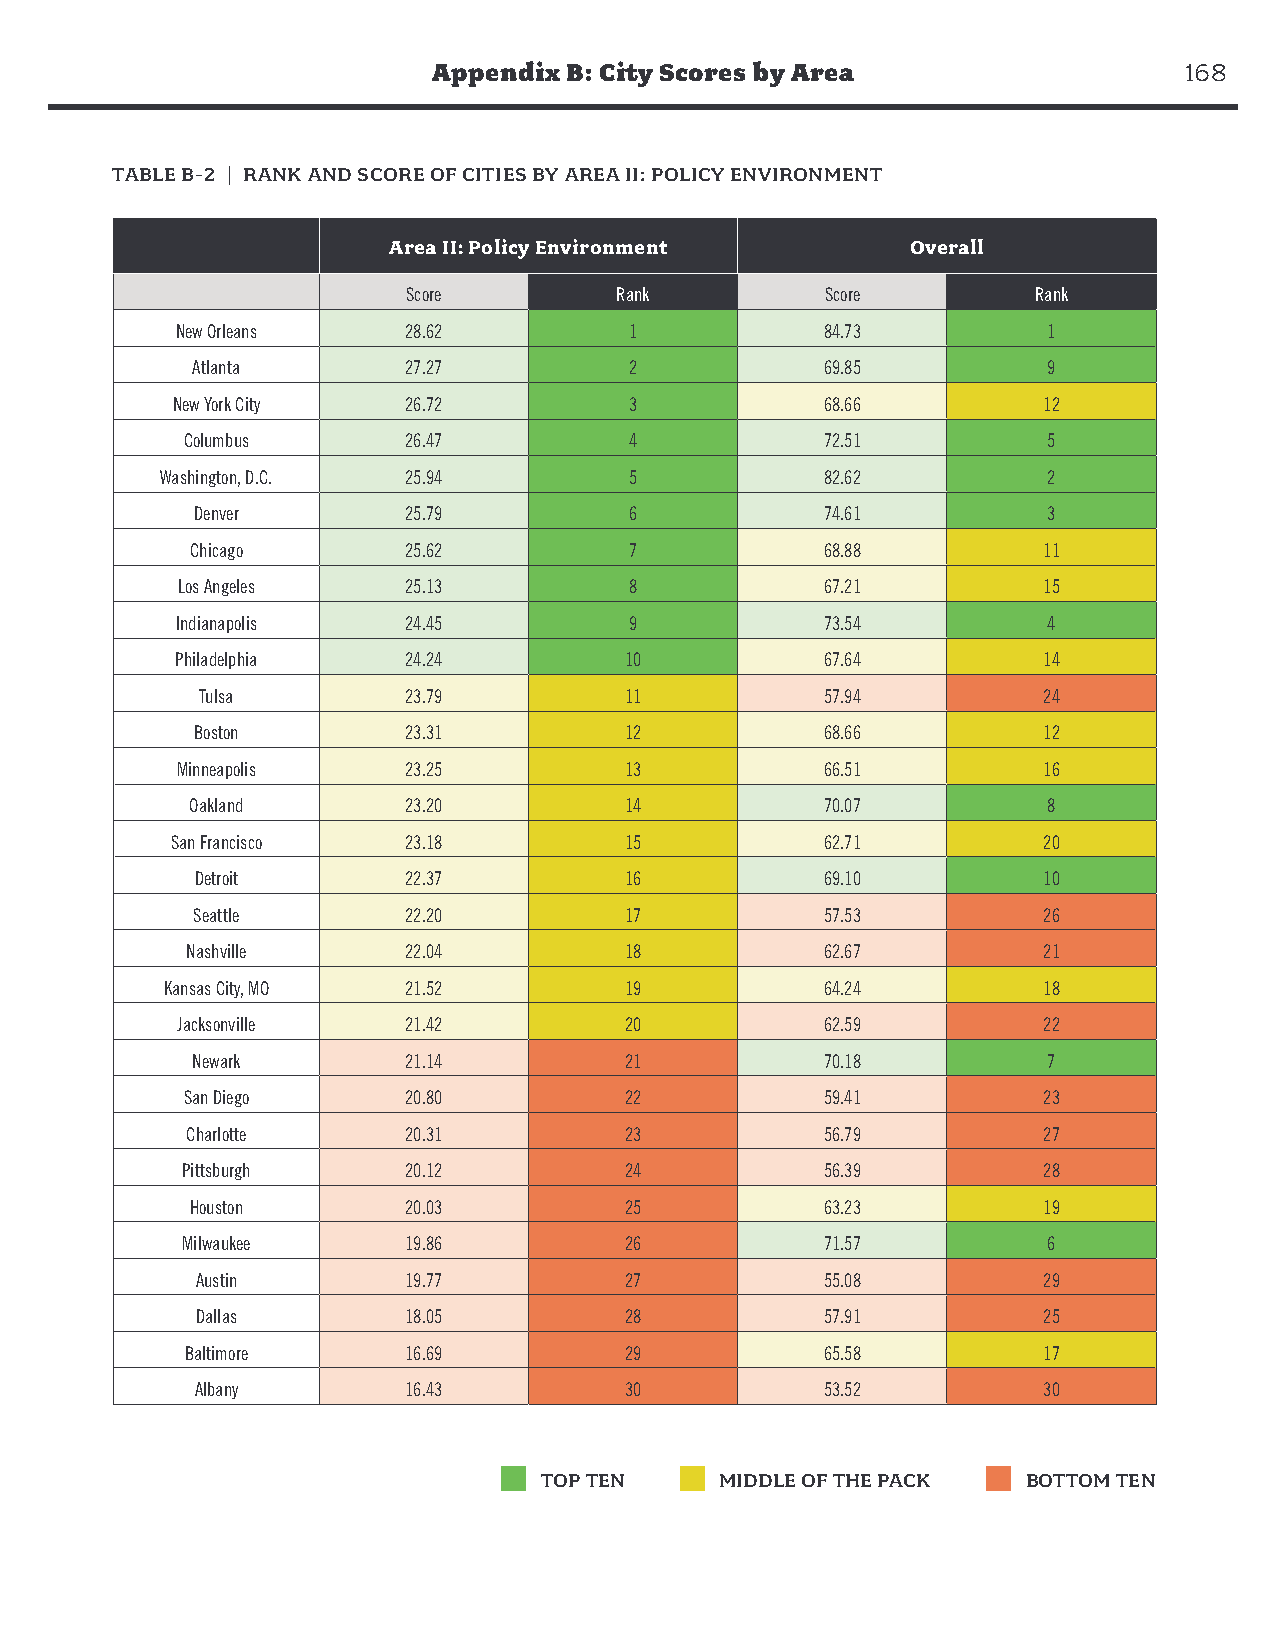
Appendix B: City Scores by Area                  168
 TABLE B-2 | RANK AND SCORE OF CITIES BY AREA II: POLICY ENVIRONMENT
 Area II: Policy Environment       Overall
 Score         Rank          Score         Rank
 New Orleans    28.62          1            84.73         1
 Atlanta       27.27          2            69.85         9
 New York City   26.72          3            68.66         12
 Columbus       26.47          4            72.51         5
 Washington, D.C. 25.94         5            82.62         2
 Denver        25.79          6            74.61         3
 Chicago       25.62          7            68.88         11
 Los Angeles    25.13          8            67.21         15
 Indianapolis   24.45          9            73.54         4
 Philadelphia   24.24         10            67.64         14
 Tulsa         23.79         11            57.94         24
 Boston        23.31         12            68.66         12
 Minneapolis    23.25         13            66.51         16
 Oakland       23.20         14            70.07         8
 San Francisco   23.18         15            62.71         20
 Detroit       22.37         16            69.10         10
 Seattle       22.20         17            57.53         26
 Nashville      22.04         18            62.67         21
 Kansas City, MO 21.52         19            64.24         18
 Jacksonville   21.42         20            62.59         22
 Newark        21.14         21            70.18         7
 San Diego      20.80         22            59.41         23
 Charlotte      20.31         23            56.79         27
 Pittsburgh     20.12         24            56.39         28
 Houston       20.03         25            63.23         19
 Milwaukee      19.86         26            71.57         6
 Austin        19.77         27            55.08         29
 Dallas        18.05         28            57.91         25
 Baltimore      16.69         29            65.58         17
 Albany        16.43         30            53.52         30
 TOP TEN     MIDDLE OF THE PACK  BOTTOM TEN